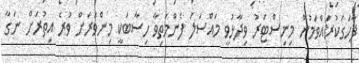
ފާހަގަކުރައްވަމުން މިނިސްޓަރު ވިދާޅުވީ މައްސަލަ ފެންމަތިވާ ހިސާބަކީ މިންވަރަށް ވުރެ އިތުރަށް ނަގާ